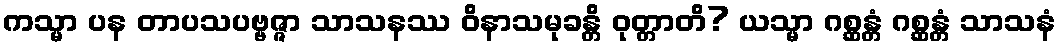
ကသ္မာ ပန တာပသပဗ္ဗဇ္ဇာ သာသနဿ ဝိနာသမုခန္တိ ဝုတ္တာတိ? ယသ္မာ ဂစ္ဆန္တံ ဂစ္ဆန္တံ သာသနံ